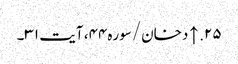
۲۵. ↑ دخان/سوره۴۴، آیت ۳۱۔